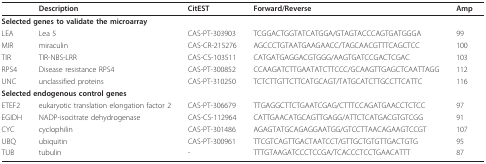
<table><thead><tr><td></td><td><b>Description</b></td><td><b>CitEST</b></td><td><b>Forward/Reverse</b></td><td><b>Amp</b></td></tr></thead><tbody><tr><td colspan="3"><b>Selected genes to validate the microarray</b></td><td></td><td></td></tr><tr><td>LEA</td><td>Lea 5</td><td>CAS-PT-303903</td><td>TCGGACTGGTATCATGGA/GTAGTACCCAGTGATGGGA</td><td>99</td></tr><tr><td>MIR</td><td>miraculin</td><td>CAS-CR-215276</td><td>AGCCCTGTAATGAAGAACC/TAGCAACGTTTCAGCTCC</td><td>100</td></tr><tr><td>TIR</td><td>TIR-NBS-LRR</td><td>CAS-CS-103511</td><td>CATGATGAGGACGTGGG/AAGTGATCCGACTCGAC</td><td>103</td></tr><tr><td>RPS4</td><td>Disease resistance RPS4</td><td>CAS-PT-300852</td><td>CCAAGATCTTGAATATCTTCCC/GCAAGTTGAGCTCAATTAGG</td><td>112</td></tr><tr><td>UNC</td><td>unclassified proteins</td><td>CAS-PT-310250</td><td>TCTCTTGTTCTTCATGCAGT/TATGCATCTTGCCTTCATTC</td><td>116</td></tr><tr><td colspan="3"><b>Selected endogenous control genes</b></td><td></td><td></td></tr><tr><td>ETEF2</td><td>eukaryotic translation elongation factor 2</td><td>CAS-PT-306679</td><td>TTGAGGCTTCTGAATCGAG/CTTTCCAGATGAACCTCTCC</td><td>97</td></tr><tr><td>EGIDH</td><td>NADP-isocitrate dehydrogenase</td><td>CAS-CS-112964</td><td>CATTGAACATGCAGTTGAGG/ATTCTCATGACGTGTCGG</td><td>91</td></tr><tr><td>CYC</td><td>cyclophilin</td><td>CAS-PT-301486</td><td>AGAGTATGCAGAGGAATGG/GTCCTTAACAGAAGTCCGT</td><td>107</td></tr><tr><td>UBQ</td><td>ubiquitin</td><td>CAS-PT-300961</td><td>TTCGTCAGTTGACTAATCCT/GTTGCTGTGTTGACTGTG</td><td>95</td></tr><tr><td>TUB</td><td>tubulin</td><td>-</td><td>TTTGTAAGATCCCTCCGA/TCACCCTCCTGAACATTT</td><td>87</td></tr></tbody></table>